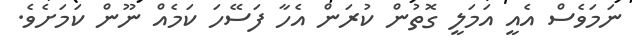
ނަމަވެސް އެއީ އަމަލީ ގޮތުން ކުރަން އެހާ ފަސޭހަ ކަމެއް ނޫން ކަމަށެވެ.